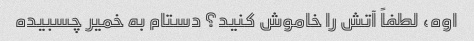
اوه، لطفاً آتش را خاموش کنید؟ دستام به خمیر چسبیده